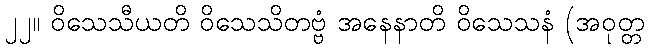
၂၂။ ဝိသေသီယတိ ဝိသေသိတဗ္ဗံ အနေနာတိ ဝိသေသနံ (အဝုတ္တ